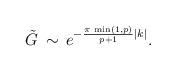
LaTeX: \begin{align*}\displaystyle \tilde{G}\, \sim \, e^{-\frac{\pi \, \min (1,p)}{p+1}|k|}.\end{align*}